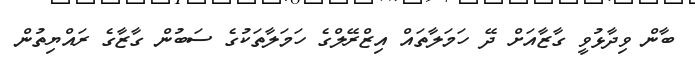
ބާން ވިދާޅުވީ ގާޒާއަށް ދޭ ހަމަލާތައް އިޒްރޭލްގެ ހަމަލާތަކުގެ ސަބުން ގާޒާގެ ރައްޔިތުން